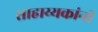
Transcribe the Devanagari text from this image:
साहाय्यकांनी